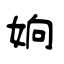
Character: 姠